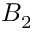
B _ { 2 }